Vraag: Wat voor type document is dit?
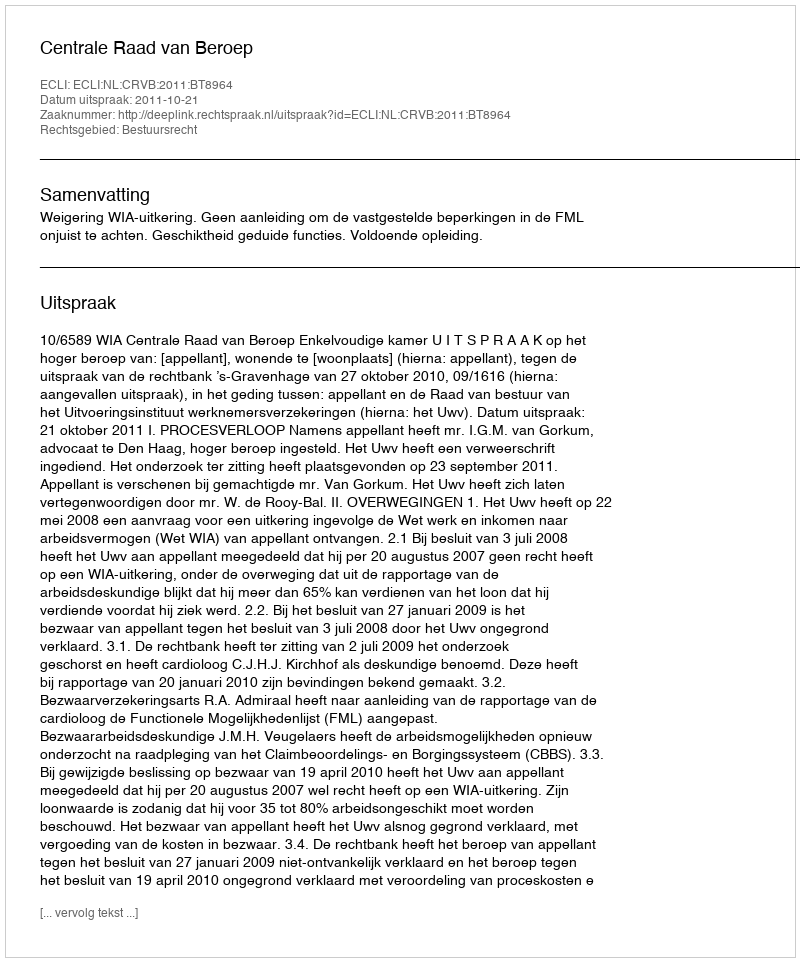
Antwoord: Uitspraak